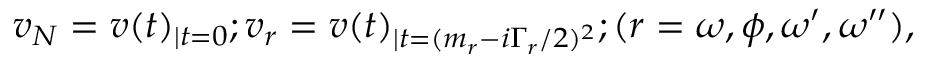
v _ { N } = v ( t ) _ { | t = 0 } ; v _ { r } = v ( t ) _ { | t = ( m _ { r } - i \Gamma _ { r } / 2 ) ^ { 2 } } ; ( r = \omega , \phi , \omega ^ { \prime } , \omega ^ { \prime \prime } ) ,